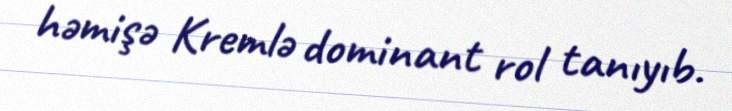
həmişə Kremlə dominant rol tanıyıb.